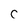
Character: c